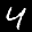
Label: 4